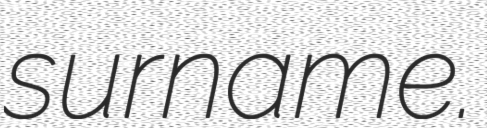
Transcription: surname.